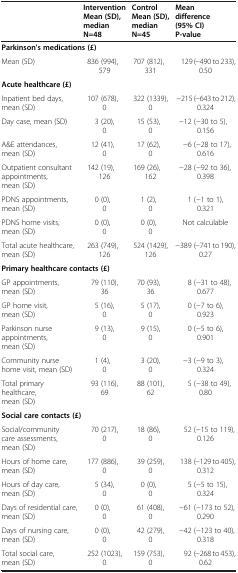
<table><thead><tr><td><b> </b></td><td><b>Intervention Mean (SD), median N=48</b></td><td><b>Control Mean (SD), median N=45</b></td><td><b>Mean difference (95% CI) P-value</b></td></tr></thead><tbody><tr><td colspan="4"><b>Parkinson’s medications (£)</b></td></tr><tr><td>Mean (SD)</td><td>836 (994), 579</td><td>707 (812), 331</td><td>129 (−490 to 233), 0.50</td></tr><tr><td colspan="4"><b>Acute healthcare (£)</b></td></tr><tr><td>Inpatient bed days, mean (SD)</td><td>107 (678), 0</td><td>322 (1339), 0</td><td>−215 (−643 to 212), 0.324</td></tr><tr><td>Day case, mean (SD)</td><td>3 (20), 0</td><td>15 (53), 0</td><td>−12 (−30 to 5), 0.156</td></tr><tr><td>A&amp;E attendances, mean (SD)</td><td>12 (41), 0</td><td>17 (62), 0</td><td>−6 (−28 to 17), 0.616</td></tr><tr><td>Outpatient consultant appointments, mean (SD)</td><td>142 (19), 126</td><td>169 (26), 162</td><td>−28 (−92 to 36), 0.398</td></tr><tr><td>PDNS appointments, mean (SD)</td><td>0 (0), 0</td><td>1 (2), 0</td><td>1 (−1 to 1), 0.321</td></tr><tr><td>PDNS home visits, mean (SD)</td><td>0 (0), 0</td><td>0 (0), 0</td><td>Not calculable</td></tr><tr><td>Total acute healthcare, mean (SD)</td><td>263 (749), 126</td><td>524 (1429), 126</td><td>−389 (−741 to 190), 0.27</td></tr><tr><td colspan="4"><b>Primary healthcare contacts (£)</b></td></tr><tr><td>GP appointments, mean (SD)</td><td>79 (110), 36</td><td>70 (93), 36</td><td>8 (−31 to 48), 0.677</td></tr><tr><td>GP home visit, mean (SD)</td><td>5 (16), 0</td><td>5 (17), 0</td><td>0 (−7 to 6), 0.923</td></tr><tr><td>Parkinson nurse appointments, mean (SD)</td><td>9 (13), 0</td><td>9 (15), 0</td><td>0 (−5 to 6), 0.901</td></tr><tr><td>Community nurse home visit, mean (SD)</td><td>1 (4), 0</td><td>3 (20), 0</td><td>−3 (−9 to 3), 0.324</td></tr><tr><td>Total primary healthcare, mean (SD)</td><td>93 (116), 69</td><td>88 (101), 62</td><td>5 (−38 to 49), 0.80</td></tr><tr><td colspan="4"><b>Social care contacts (£)</b></td></tr><tr><td>Social/community care assessments, mean (SD)</td><td>70 (217), 0</td><td>18 (86), 0</td><td>52 (−15 to 119), 0.126</td></tr><tr><td>Hours of home care, mean (SD)</td><td>177 (886), 0</td><td>39 (259), 0</td><td>138 (−129 to 405), 0.312</td></tr><tr><td>Hours of day care, mean (SD)</td><td>5 (34), 0</td><td>0 (0), 0</td><td>5 (−5 to 15), 0.324</td></tr><tr><td>Days of residential care, mean (SD)</td><td>0 (0), 0</td><td>61 (408), 0</td><td>−61 (−173 to 52), 0.290</td></tr><tr><td>Days of nursing care, mean (SD)</td><td>0 (0), 0</td><td>42 (279), 0</td><td>−42 (−123 to 40), 0.318</td></tr><tr><td>Total social care, mean (SD)</td><td>252 (1023), 0</td><td>159 (753), 0</td><td>92 (−268 to 453), 0.62</td></tr></tbody></table>